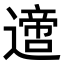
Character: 𨗁